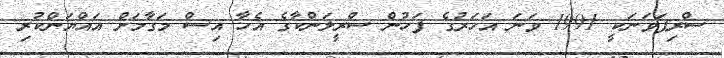
ސްރިޕަވަނަކީ 1991 ވަނަ އަހަރުގެ ފަހުން ސްރީލަންކާގެ އެހާ އިސް މަގާމަށް އައްޔަންކުރި